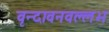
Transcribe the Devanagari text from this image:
वृन्दावनवल्लभ